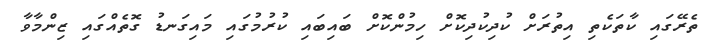
ތެރޭގައި ކާތަކެތި އިތުރަށް ކުދިކުދިކޮށް ހިމުންކޮށް ބައިބައި ކުރުމުގައި މައިގަނޑު ގޮތެއްގައި ޒިންމާވާ